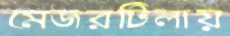
মেজরটিলায়